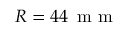
R = 4 4 \, \mathrm { ~ m ~ m ~ }